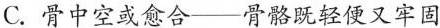
C.骨中空或愈合——骨骼既轻便又牢固